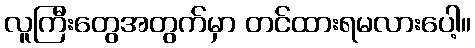
လူကြီးတွေအတွက်မှာ တင်ထားရမလားပေါ့။